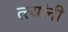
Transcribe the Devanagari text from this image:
त्त्यांनी